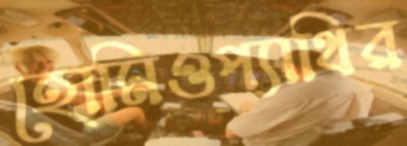
হোমিওপ্যাথির